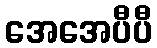
အေအေပီပီ